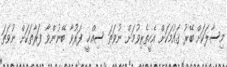
މިސާލަކަށް ބޭރު ޤައުމަކަށް އެހީތެރިވުމަށް ނުވަތަ ސިއްޚީ ފަރުވާ ބޭނުންވާ ފަރާތަކަށް ނުވަތަ